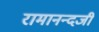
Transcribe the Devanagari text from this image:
रामानन्दजी